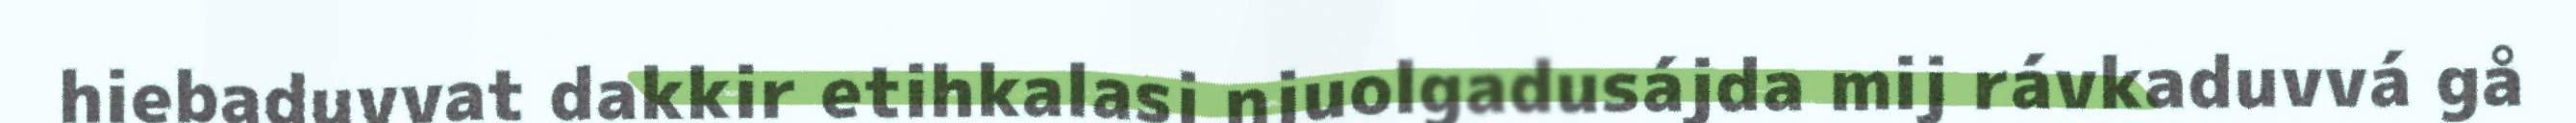
hiebaduvvat dakkir etihkalasj njuolgadusájda mij rávkaduvvá gå